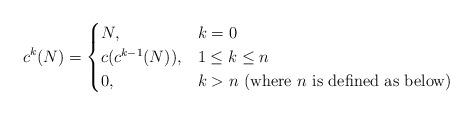
LaTeX: \begin{align*}c^k(N) = \begin{cases}N, & k = 0 \\c(c^{k-1}(N)), & 1 \leq k \leq n \\0, & k > n \mbox{ (where }n\mbox{ is defined as below)} \\\end{cases}\end{align*}